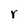
Character: r